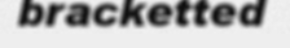
bracketted